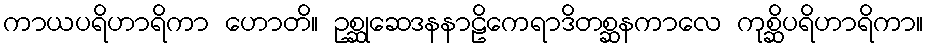
ကာယပရိဟာရိကာ ဟောတိ။ ဥစ္ဆုဆေဒနနာဠိကေရာဒိတစ္ဆနကာလေ ကုစ္ဆိပရိဟာရိကာ။